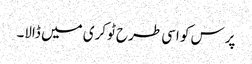
پرس کو اسی طرح ٹوکری میں ڈالا۔